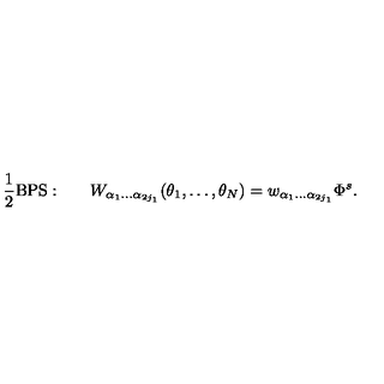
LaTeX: { \frac { 1 } { 2 } } \mathrm { B P S : } \qquad W _ { \alpha _ { 1 } \ldots \alpha _ { 2 j _ { 1 } } } ( \theta _ { 1 } , \ldots , \theta _ { N } ) = w _ { \alpha _ { 1 } \ldots \alpha _ { 2 j _ { 1 } } } \Phi ^ { s } .